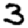
Digit: 3